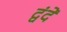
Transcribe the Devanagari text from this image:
द्वंदें